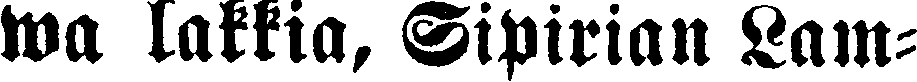
wa lakkia, Sipirian Lam-